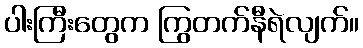
ပါးကြီးတွေက ကြွတက်နီရဲလျက်။